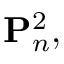
\mathbf { P } _ { n } ^ { 2 } ,